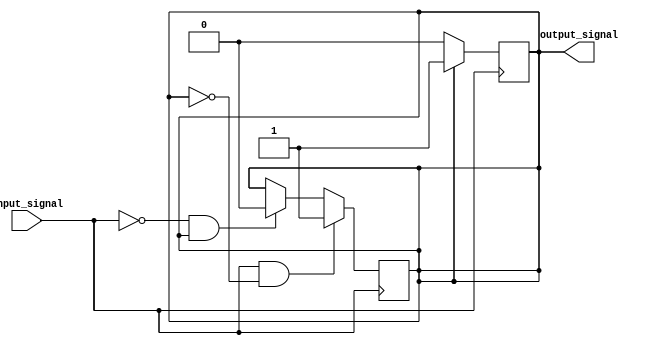
module schmitt_trigger_buffer (
    input wire input_signal,
    output reg output_signal
);

reg internal_signal;

parameter threshold_high = 1'b1;
parameter threshold_low = 1'b0;
parameter hysteresis = 1'b1;

always @ (posedge input_signal)
begin
    if (internal_signal == threshold_high)
        internal_signal <= threshold_high;
    else if (internal_signal == threshold_low)
        internal_signal <= threshold_low;
end

always @ (negedge input_signal)
begin
    if (input_signal == threshold_high && internal_signal == threshold_low)
        internal_signal <= threshold_high;
    else if (input_signal == threshold_low && internal_signal == threshold_high)
        internal_signal <= threshold_low;
end

assign output_signal = internal_signal;

endmodule